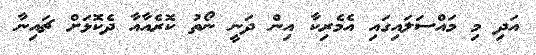
އަދި މި މައްސަލައިގައި އެމެރިކާ އިން ދަނީ ނޯތު ކޮރެއާއާ ދެކޮޅަށް ޗައިނާ